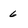
Character: 6